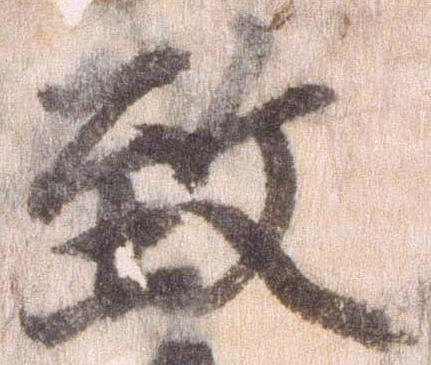
致